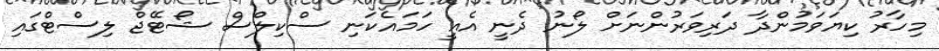
މިހާރު ކިޔަވަމުންދާ ދަރިވަރުންނަށް ލޯނު ދެނީ އެއީ ހަމައެކަނި ސްކިލްސް ޝޯޓޭޖް ލިސްޓްގައި